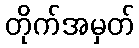
တိုက်အမှတ်